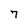
Character: 7